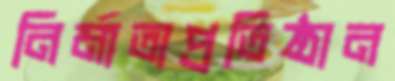
নির্মাতাপ্রতিষ্ঠান